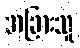
အခြားသူ